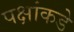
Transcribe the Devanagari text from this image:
पक्षांकडे